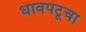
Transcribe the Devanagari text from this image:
धावपटूचा